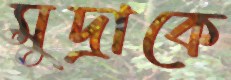
মুদ্রাকে